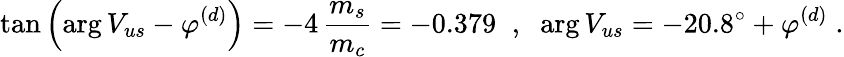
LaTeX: \tan\left(\arg V_{us}-\varphi^{(d)}\right)=-4\, \frac{m_{s}}{m_{c}}=-0.379\; \; ,\; \; \arg V_{us}=-20.8^{\circ}+\varphi^{(d)}\; .